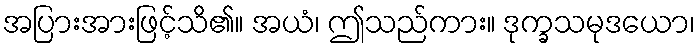
အပြားအားဖြင့်သိ၏။ အယံ၊ ဤသည်ကား။ ဒုက္ခသမုဒယော၊